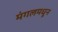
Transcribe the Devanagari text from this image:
मंगलमधून